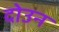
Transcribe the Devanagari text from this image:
दोउन